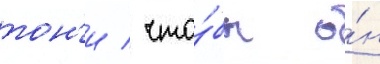
тон'и / что́бы о́н